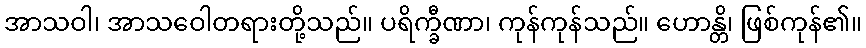
အာသဝါ၊ အာသဝေါတရားတို့သည်။ ပရိက္ခီဏာ၊ ကုန်ကုန်သည်။ ဟောန္တိ၊ ဖြစ်ကုန်၏။